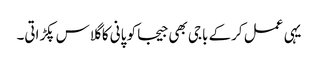
یہی عمل کرکے باجی بھی جیجا کو پانی کا گلاس پکڑاتی۔